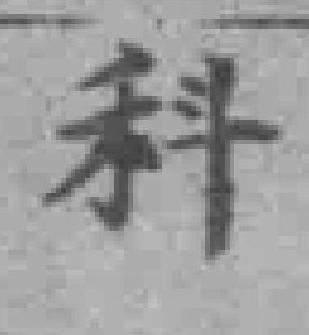
科